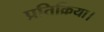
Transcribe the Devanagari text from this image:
प्रतिक्रिया।